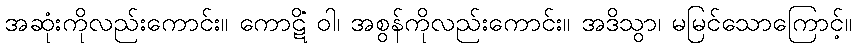
အဆုံးကိုလည်းကောင်း။ ကောဋိံ ဝါ၊ အစွန်ကိုလည်းကောင်း။ အဒိသွာ၊ မမြင်သောကြောင့်။